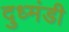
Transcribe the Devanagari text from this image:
दुध्मंडी